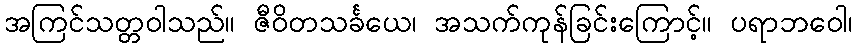
အကြင်သတ္တဝါသည်။ ဇီဝိတသင်္ခယေ၊ အသက်ကုန်ခြင်းကြောင့်။ ပရာဘဝေါ၊